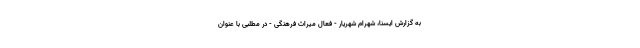
به گزارش ایسنا، شهرام شهریار - فعال میراث فرهنگی - در مطلبی با عنوان